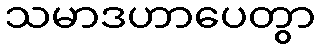
သမာဒဟာပေတွာ